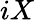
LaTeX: iX